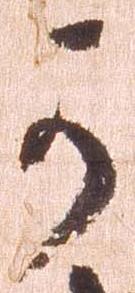
可